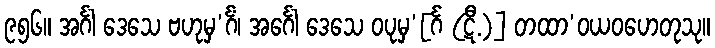
၉၅၆။ အင်္ဂါ ဒေသေ ဗဟုမှ’င်္ဂံ၊ အင်္ဂေါ ဒေသေ ဝပုမှ’[င်္ဂ (ဋီ.)] တထာ’ဝယဝဟေတုသု။